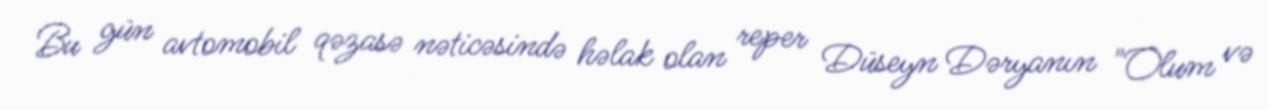
Bu gün avtomobil qəzasə nəticəsində həlak olan reper Düseyn Dəryanın "Olum və